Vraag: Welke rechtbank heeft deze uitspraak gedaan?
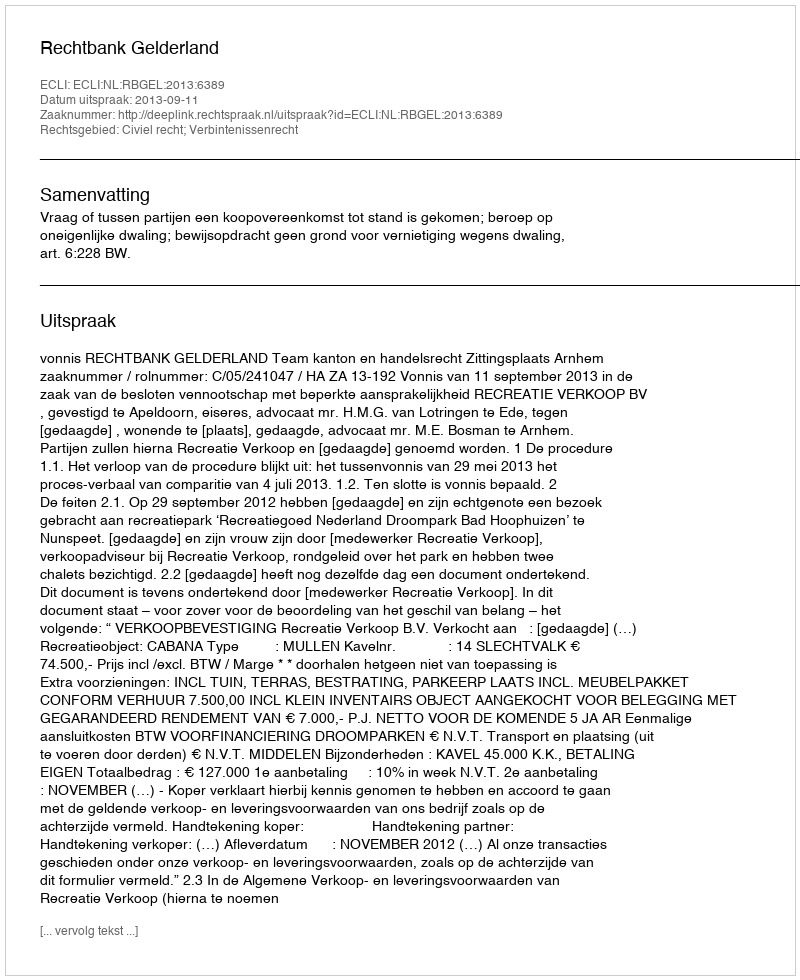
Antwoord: Rechtbank Gelderland